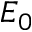
E _ { 0 }